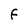
Character: F